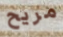
مريح